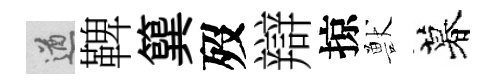
遒鞞簨歿辯掠獸暮